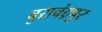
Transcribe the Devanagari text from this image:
चुराचंद्रपुर